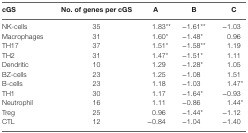
<table><thead><tr><td><b>cGS</b></td><td><b>No. of genes per cGS</b></td><td><b>A</b></td><td><b>B</b></td><td><b>C</b></td></tr></thead><tbody><tr><td>NK-cells</td><td>35</td><td>1.83**</td><td>−1.61**</td><td>−1.03</td></tr><tr><td>Macrophages</td><td>31</td><td>1.60*</td><td>−1.48*</td><td>0.96</td></tr><tr><td>TH17</td><td>37</td><td>1.51*</td><td>−1.58**</td><td>1.19</td></tr><tr><td>TH2</td><td>31</td><td>1.47*</td><td>−1.51*</td><td>1.11</td></tr><tr><td>Dendritic</td><td>10</td><td>1.29</td><td>−1.28*</td><td>1.05</td></tr><tr><td>BZ-cells</td><td>23</td><td>1.25</td><td>−1.08</td><td>1.51</td></tr><tr><td>B-cells</td><td>23</td><td>1.18</td><td>−1.03</td><td>1.47*</td></tr><tr><td>TH1</td><td>30</td><td>1.17</td><td>−1.64*</td><td>−0.93</td></tr><tr><td>Neutrophil</td><td>16</td><td>1.11</td><td>−0.86</td><td>1.44*</td></tr><tr><td>Treg</td><td>25</td><td>0.96</td><td>−1.44*</td><td>−1.12</td></tr><tr><td>CTL</td><td>12</td><td>−0.84</td><td>−1.04</td><td>−1.40</td></tr></tbody></table>